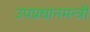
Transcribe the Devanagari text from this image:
उपप्रधानमन्त्री